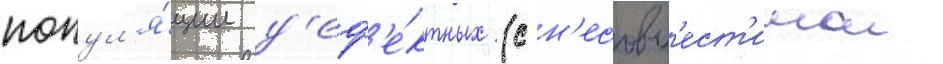
попул'я́ции д'еф'е́ктных (с н'есовм'ест'имои